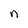
Character: n